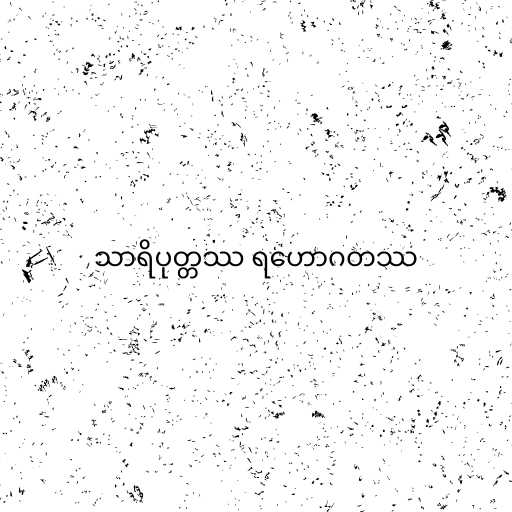
သာရိပုတ္တဿ ရဟောဂတဿ